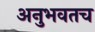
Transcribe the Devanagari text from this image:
अनुभवतच